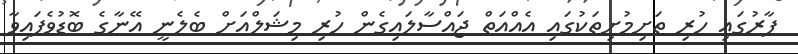
ފާރުގައި ހުރި ތަށިމުށިތަކުގައި އެއްއަތް ޖައްސާލައިގެން ހުރި މިޝަލްއަށް ބެލެނީ އޭނާގެ ބޮޑުވެފައިވާ